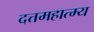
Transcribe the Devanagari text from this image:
दत्तमहात्म्य